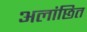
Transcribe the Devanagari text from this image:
अलांछित